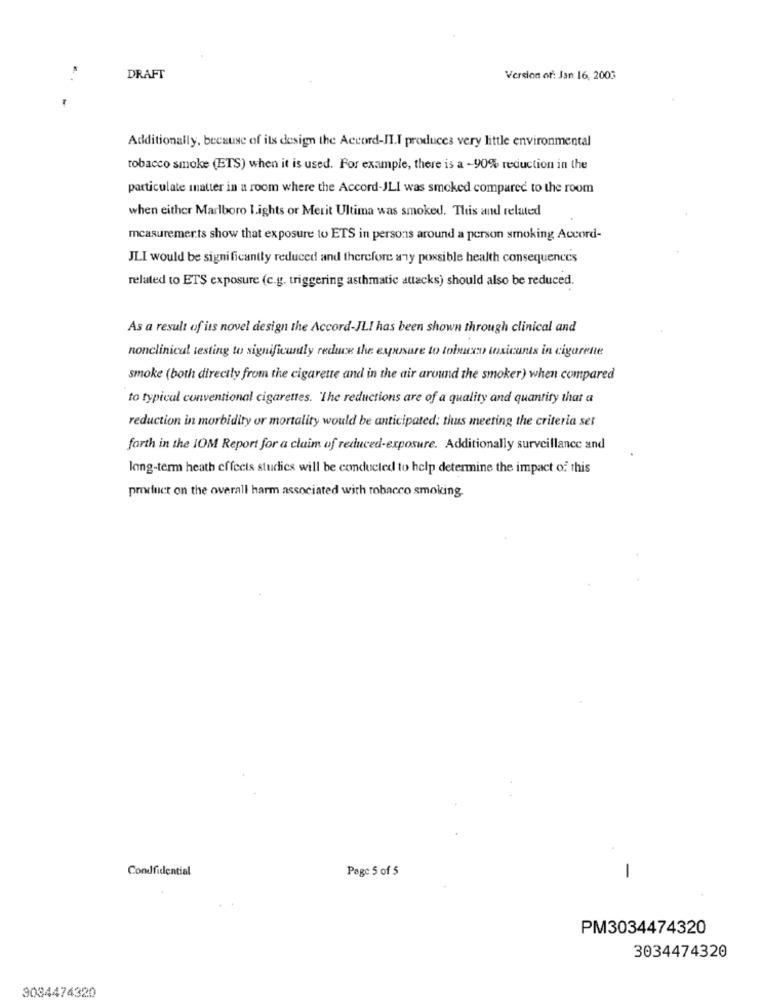
DRAFT
Version of: Jan 16, 2003
Additionally, because of its design the Accord-II.I produces very little environmental
tobacco smoke (ETS) when it is used. For example, there is a -90% reduction in the
particulate matter in a room where the Accord-JLI was smoked compared to the room
when either Marlboro Lights or Merit Ultima was smoked. This and related
measurements show that exposure to ETS in persons around a person smoking Accord-
JLI would be significantly reduced and therefore any possible health consequences
related to ETS exposure (c.g. triggering asthmatic attacks) should also be reduced.
As a result of its novel design the Accord-JLI has been shown through clinical and
nonclinical testing to significantly reduce the exposure to tobacco toxicants in cigarette
smoke (both directly from the cigarette and in the air around the smoker) when compared
to typical conventional cigarettes. 'The reductions are of a quality and quantity that a
reduction in morbidity or mortality would be anticipated; thus meeting the criteria set
farth in the IOM Report for a claim of reduced-exposure. Additionally surveillance and
long-term heath effects studies will be conducted to help determine the impact of this
product on the overall harm associated with tobacco smoking.
Condfidential
Page 5 of 5
-
PM3034474320
3034474320
3034474320